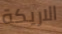
الاريكة